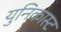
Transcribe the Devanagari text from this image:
युनिकास्ट